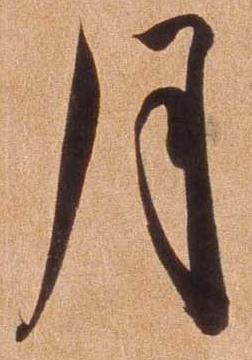
月